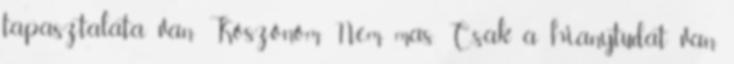
tapasztalata van Köszönöm Nem mas. Csak a hianytudat van